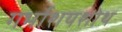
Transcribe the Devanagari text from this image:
गर्भाशयशोथ